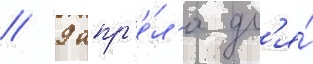
// 9 апр'е́л'я дл'я́